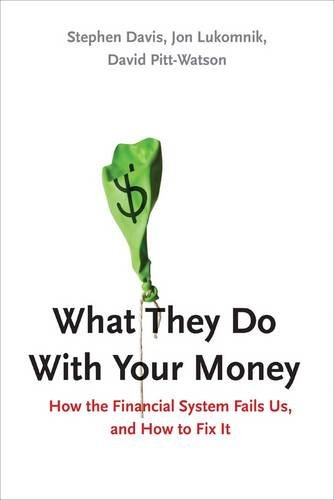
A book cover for What They Do With Your Money: How the Financial System Fails Us, and How to Fix It; Stephen Davis; Business & Money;